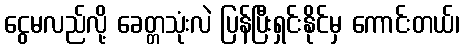
ငွေမလည်လို့ ခေတ္တသုံးလဲ ပြန်ပြီးရှင်းနိုင်မှ ကောင်းတယ်၊